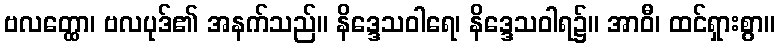
ဗလတ္ထော၊ ဗလပုဒ်၏ အနက်သည်။ နိဒ္ဒေသဝါရေ၊ နိဒ္ဒေသဝါရ၌။ အာဝီ၊ ထင်ရှားစွာ။